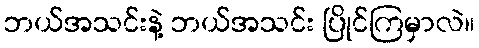
ဘယ်အသင်းနဲ့ ဘယ်အသင်း ပြိုင်ကြမှာလဲ။